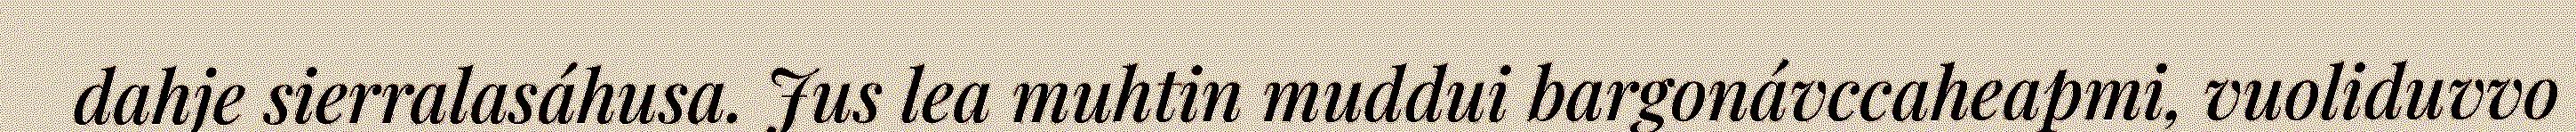
dahje sierralasáhusa. Jus lea muhtin muddui bargonávccaheapmi, vuoliduvvo